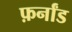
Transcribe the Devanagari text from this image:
फ़र्नांड